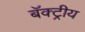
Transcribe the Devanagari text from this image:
बॅक्ट्रीय